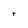
Character: r